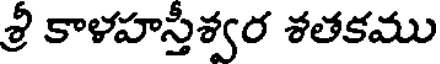
శ్రీ కాళహస్తీశ్వర శతకము